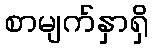
စာမျက်နှာရှိ